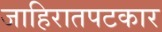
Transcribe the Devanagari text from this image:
जाहिरातपटकार